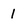
Character: 1